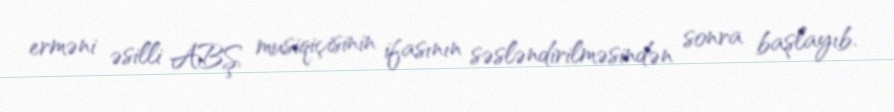
erməni əsilli ABŞ musiqiçisinin ifasının səsləndirilməsindən sonra başlayıb.